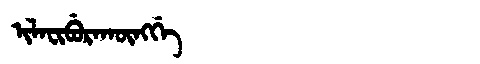
Manchu: ᡳᠯᠠᠸᡳᠪᡠᡵᠠᡴᡡᠩᡤᡝ
Romanization: ILAFIBURAKŪNGGE